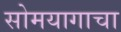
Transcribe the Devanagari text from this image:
सोमयागाचा